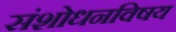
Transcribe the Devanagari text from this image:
संशोधनविषय